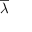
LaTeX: \overline { { \lambda } }